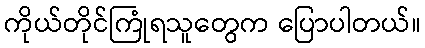
ကိုယ်တိုင်ကြုံရသူတွေက ပြောပါတယ်။